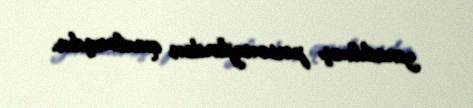
yaradılmış personajlardan qurulmuşdur.